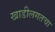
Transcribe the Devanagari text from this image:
खाडीलगतचा